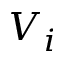
V _ { i }